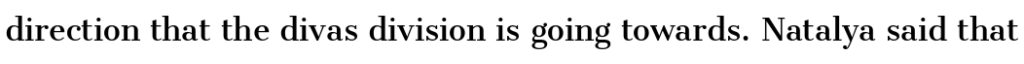
direction that the divas division is going towards. Natalya said that